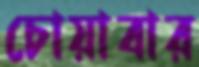
চোয়াবার